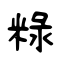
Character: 粶